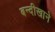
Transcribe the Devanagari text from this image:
बन्दीखाने